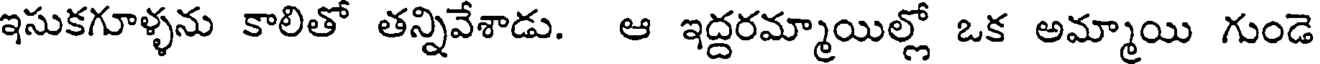
ఇసుకగూళ్ళను కాలితో తన్నివేశాడు. ఆ ఇద్దరమ్మాయిల్లో ఒక అమ్మాయి గుండె